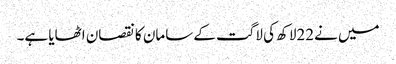
میں نے22لاکھ کی لاگت کے سامان کا نقصان اٹھایا ہے۔